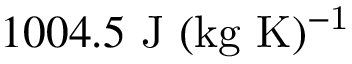
1 0 0 4 . 5 ~ \mathrm { J ~ ( k g ~ K ) ^ { - 1 } }